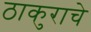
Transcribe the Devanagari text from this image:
ठाकुराचे